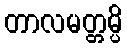
တာလမတ္တမ္ပိ